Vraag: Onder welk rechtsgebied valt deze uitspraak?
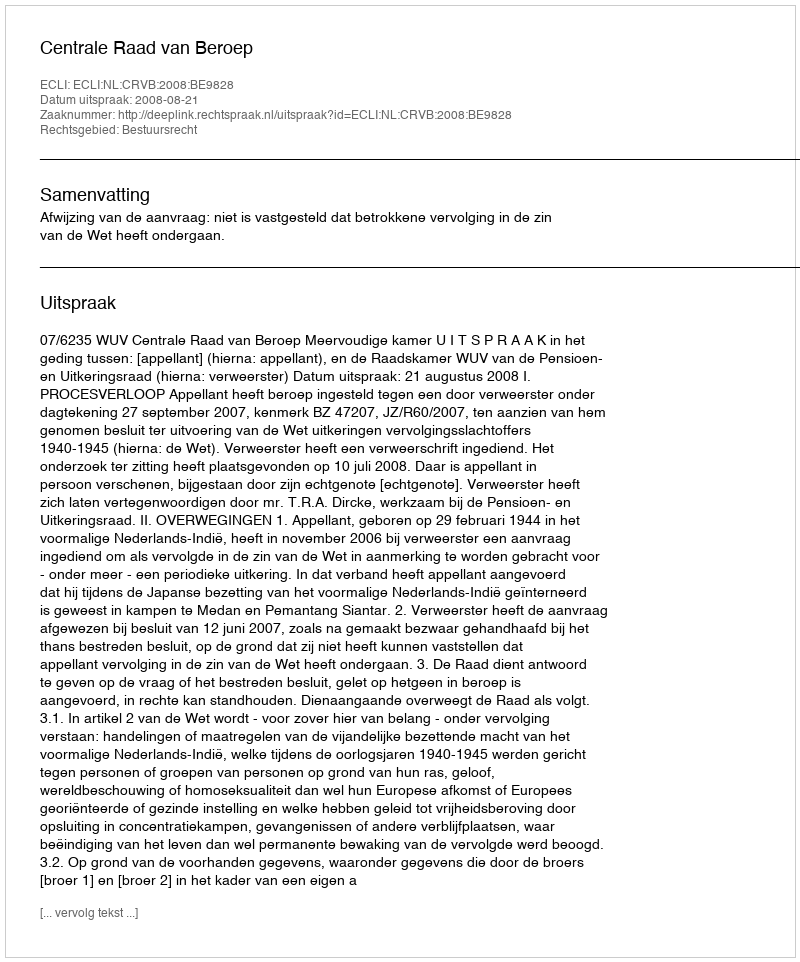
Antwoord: Bestuursrecht